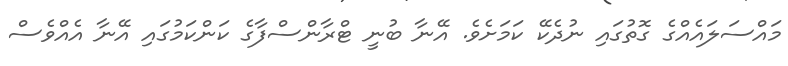
މައްސަލައެއްގެ ގޮތުގައި ނުދެކޭ ކަމަށެވެ. އޭނާ ބުނީ ޓްރާންސްފާގެ ކަންކަމުގައި އޭނާ އެއްވެސް